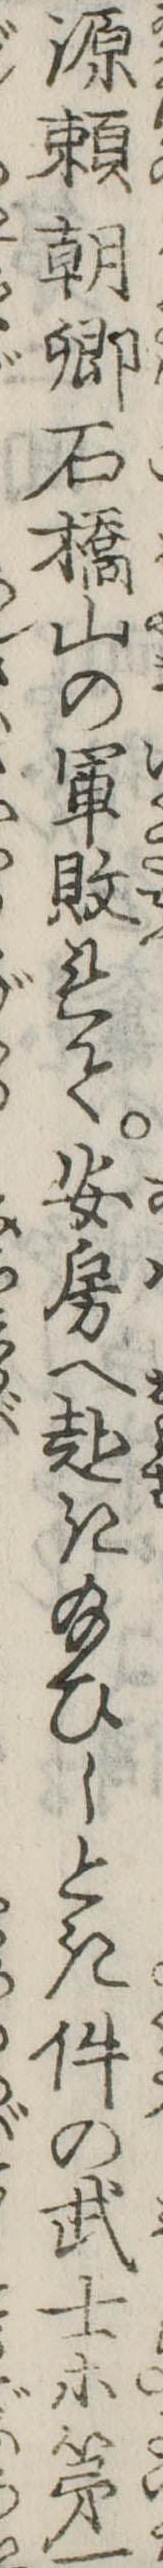
源頼朝卿石橋山の軍敗れて安房へ赴き給ひしとき件の武士等第一